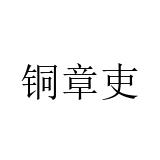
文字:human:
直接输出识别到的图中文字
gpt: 铜章吏